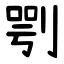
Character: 㓵